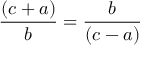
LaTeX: { \frac { ( c + a ) } { b } } = { \frac { b } { ( c - a ) } }